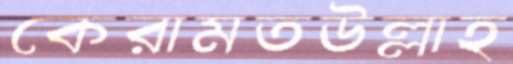
কেরামতউল্লাহ